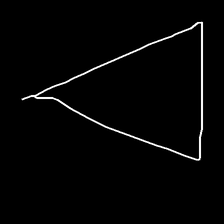
Glyph: convergence